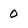
Character: 0